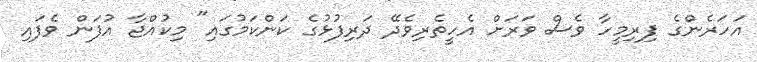
އަހަރެންގެ ފިރިމީހާ ވެސް ވަރަށް އެހީތެރިވެދޭ ދަރިފުޅުގެ ކަންކަމުގައި" މިކުއްޖާ އުފަން ވެފައި